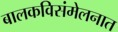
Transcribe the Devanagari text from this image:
बालकविसंमेलनात